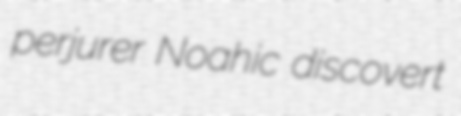
perjurer Noahic discovert